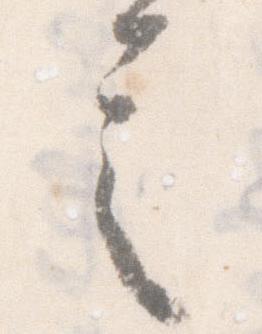
言